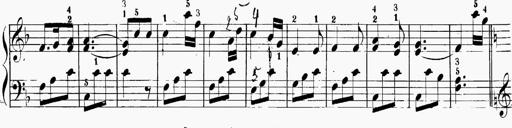
Title: 6 Sonatinas
Composer: Carl Reinecke